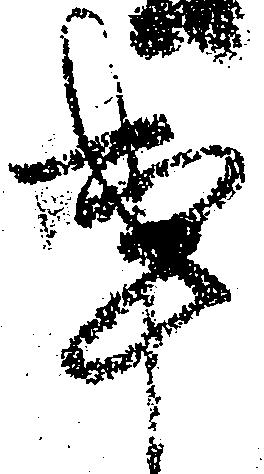
事